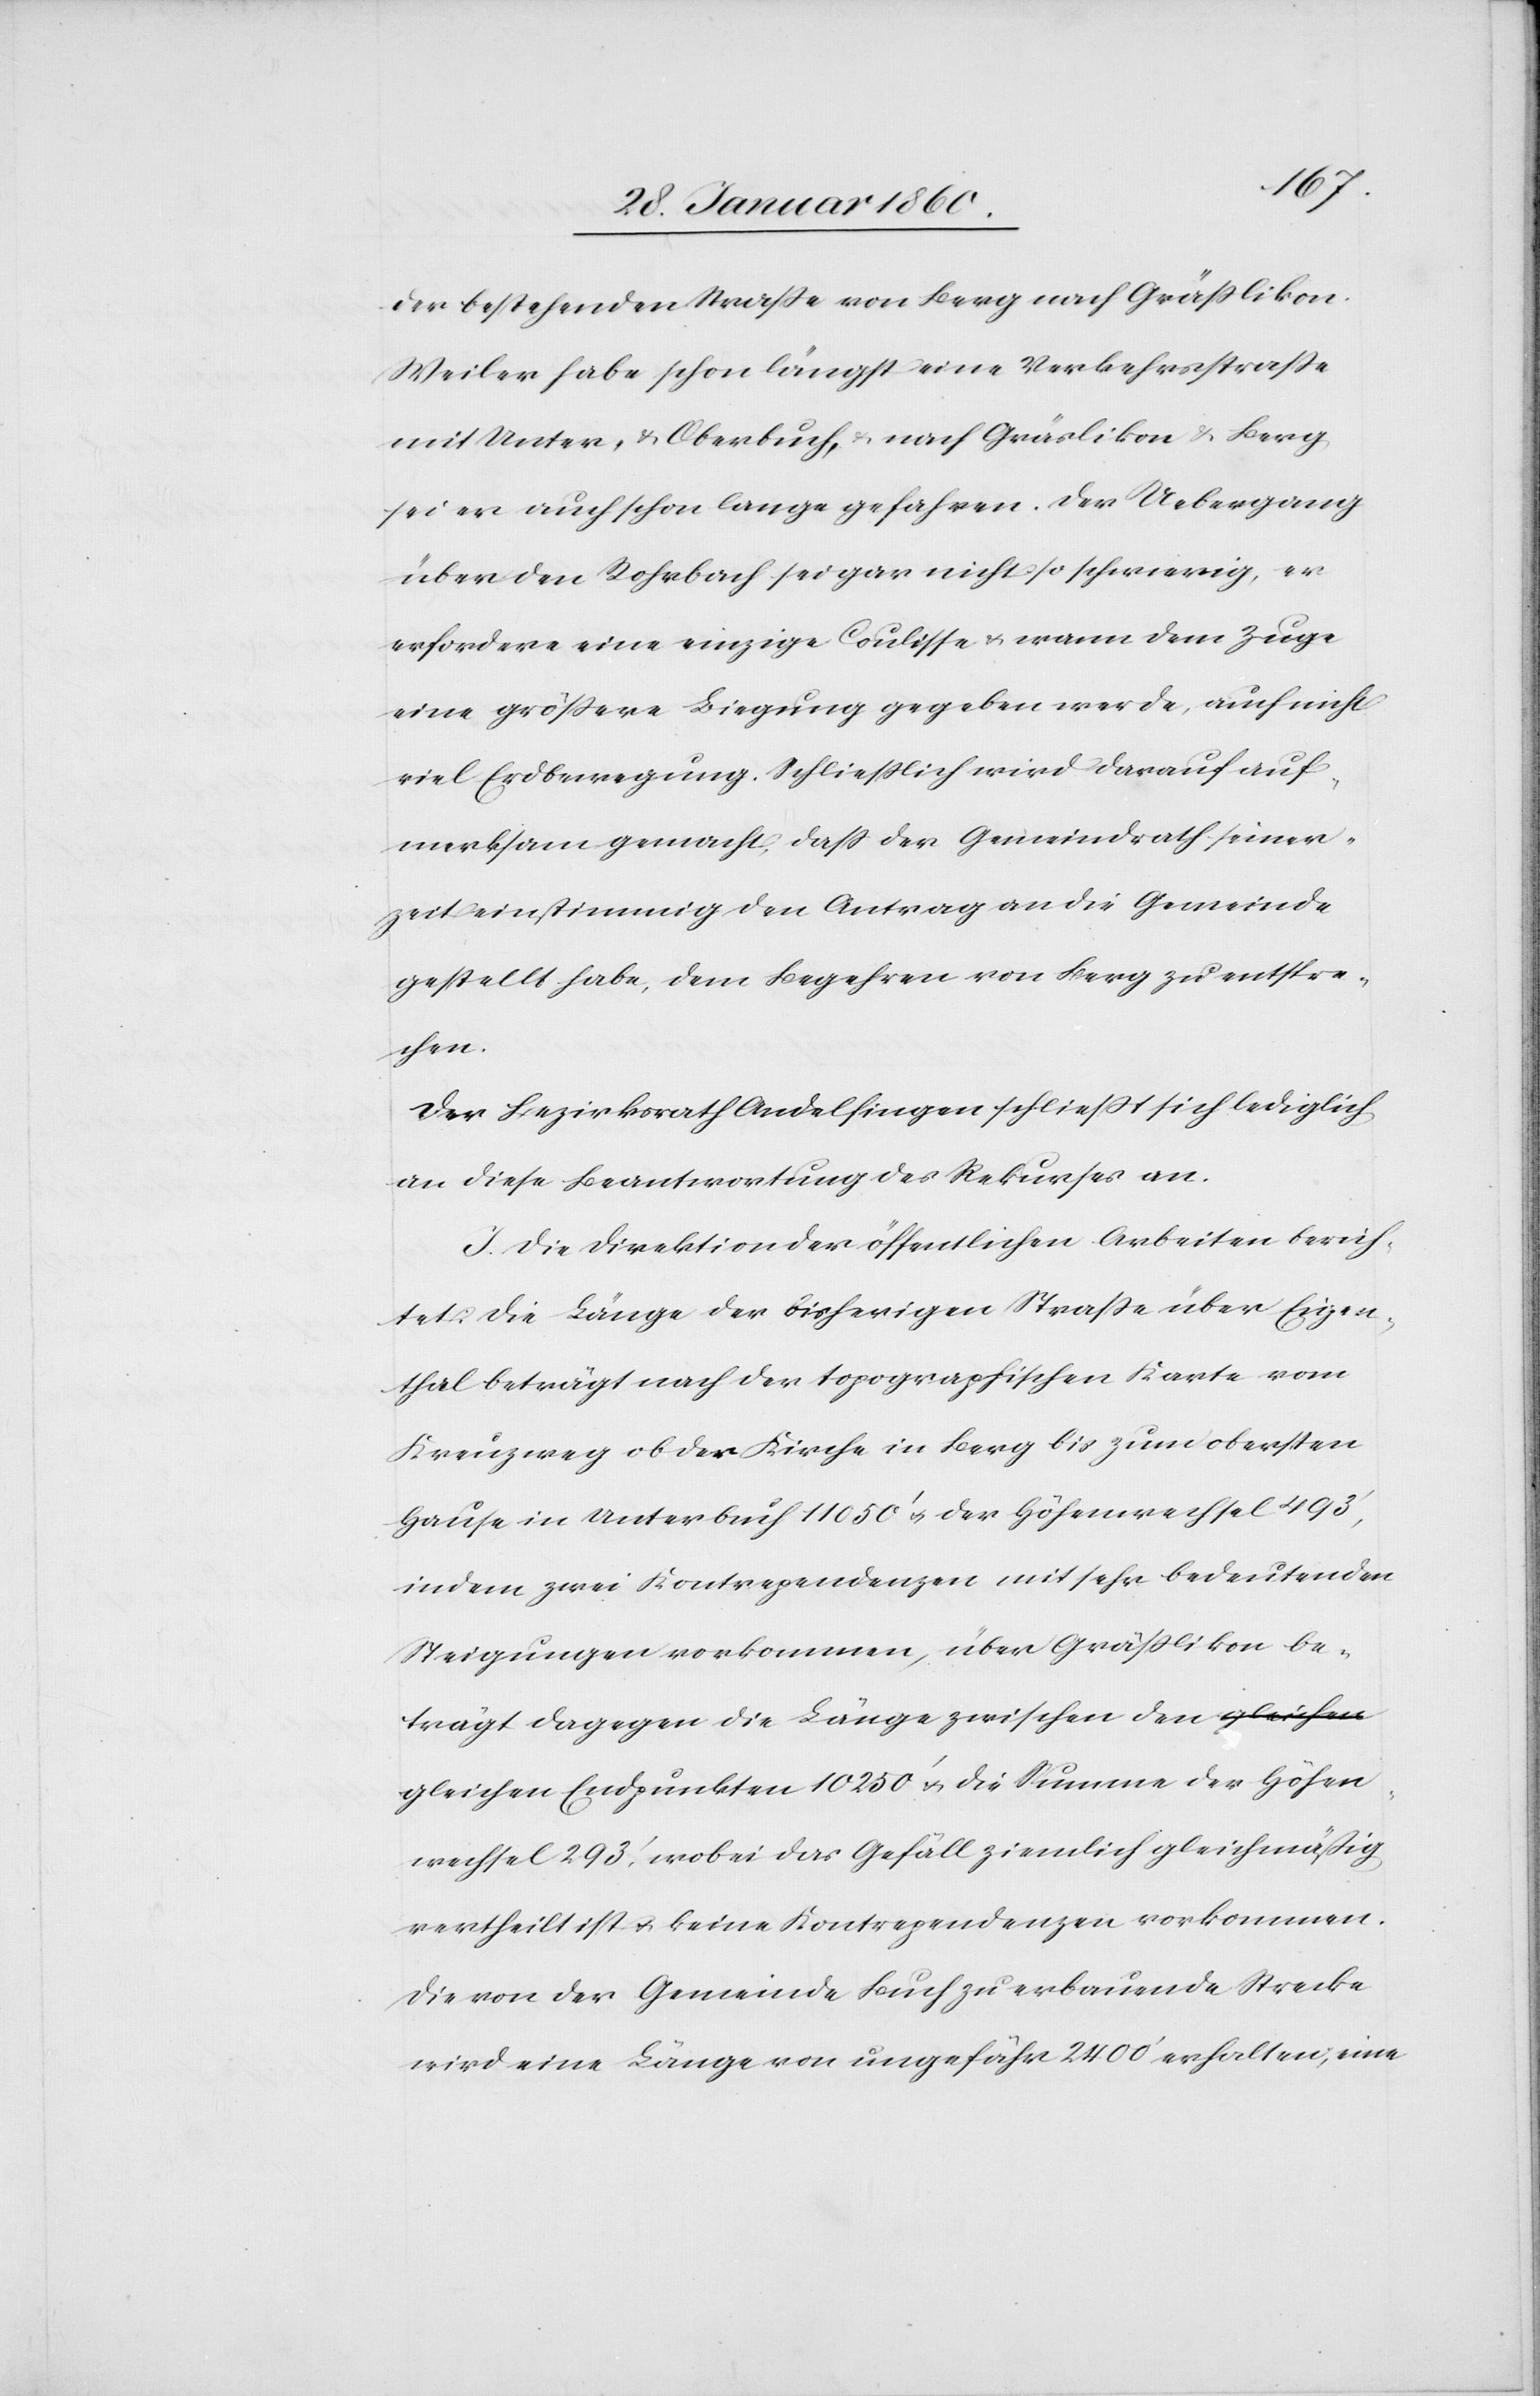
10
der bestehenden Strasse von Berg nach Grässlikon.
Weiler habe schon längst eine Verkehrsstrasse
mit Unter- u. Oberbuch, u. nach Gräslikon u. Berg
sei er auch schon lange gefahren. Der Uebergang
über den Rohrbach sei gar nicht so schwierig, er
erfordere ein einzige Coulisse u. wenn dem Zuge
eine grössere Biegung gegeben werde, auch nicht
viel Erdenregung. Schliesslich wird darauf auf¬
merksam gemacht, dass der Gemeindrath seiner¬
zeit einstimmig den Antrag an die Gemeinde
gestellt habe, dem Begehren von Berg zu entspre¬
Höhen¬
Der Bezirksrath Andelfingen schließt sich lediglich
an diese Beantwortung des Rekurses an.
I. Die Direktion der öffentlichen Arbeiten berich¬
tet: Die Länge der bisherigen Strasse über Eigen¬
thal beträgt nach der topographischen Karte vom
Kreuzweg ob der Kirche in Berg bis zum obersten
Hause in Unterbuch 11 050’ u. der Höhenwechsel 493’,
indem zwei Kontrependenzen mit sehr bedeutenden
Steigungen vorkommen, über Grässlikon be¬
trägt dagegen die Länge zwischen den gleichen
wechsel 293’, wobei das Gefäll ziemlich gleichmäßig
vertheilt u. keine Kontrependenzen vorkommen.
Die von der Gemeinde Buch zu erbauende Strecke
wird eine Länge von ungefähr 2400’ erhalten, eine